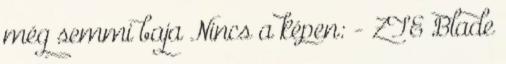
még semmi baja Nincs a képen: - ZTE Blade